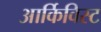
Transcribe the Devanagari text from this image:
आर्किविस्ट